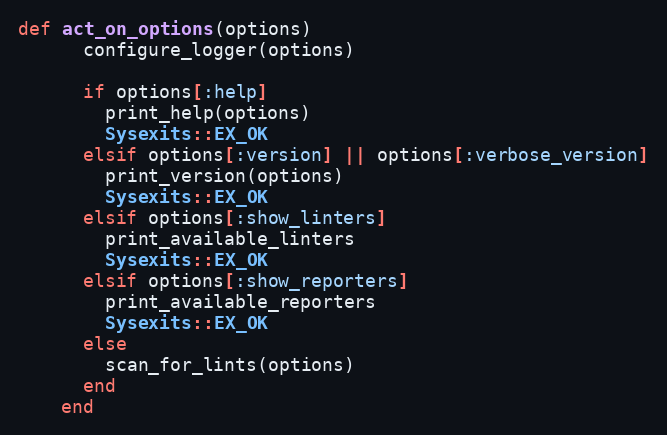
Language: Ruby
def act_on_options(options)
      configure_logger(options)

      if options[:help]
        print_help(options)
        Sysexits::EX_OK
      elsif options[:version] || options[:verbose_version]
        print_version(options)
        Sysexits::EX_OK
      elsif options[:show_linters]
        print_available_linters
        Sysexits::EX_OK
      elsif options[:show_reporters]
        print_available_reporters
        Sysexits::EX_OK
      else
        scan_for_lints(options)
      end
    end